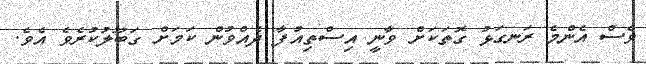
ވެސް އެންމެ ރަނގަޅު ގޮތަކަށް ވާނީ އިސްތިއުފާ ދެއްވުން ކަމަށް ގަބޫލުކުރެވެ އެވެ.